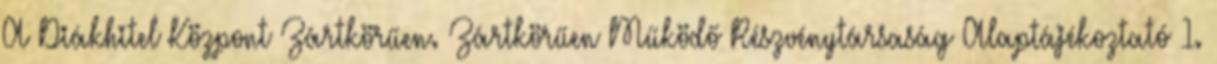
A Diákhitel Központ Zártkörűen. Zártkörűen Működő Részvénytársaság Alaptájékoztató 1.